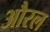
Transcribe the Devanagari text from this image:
औरल